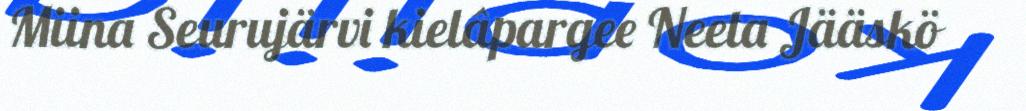
Miina Seurujärvi kielâpargee Neeta Jääskö